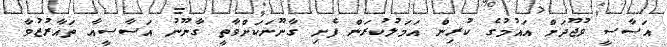
އަސާސީ ވުޖޫދަށް އައުމުގެ ކުރިން އަމަލުކުރަން ފެށި ގާނޫނަކަށްވާތީ ގާނޫނު އަސާސީއާ ތައާރުޒުވާ